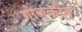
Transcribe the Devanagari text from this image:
गोलकीय